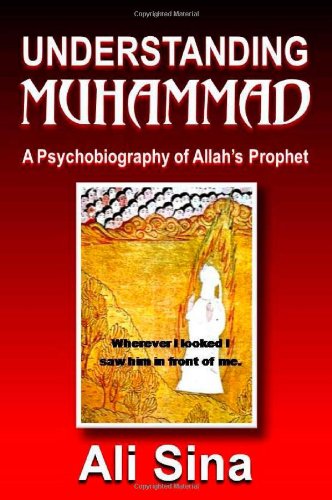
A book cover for Understanding Muhammad: A Psychobiography of Allah's prophet; Ali Sina; Religion & Spirituality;